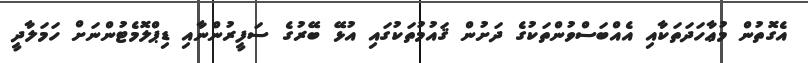
އެގޮތުން މުޢާހަދަތަކާއި އެއްބަސްވުންތަކުގެ ދަށުން ޤައުމުތަކުގައި އުޅޭ ބޭރުގެ ސަފީރުންނާއި ޑިޕްލޮމެޓުންނަށް ހަމަލާދީ